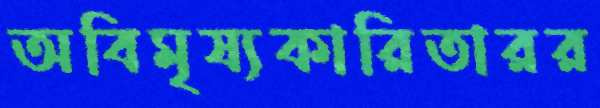
অবিমৃষ্যকারিতারর